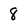
Character: 8